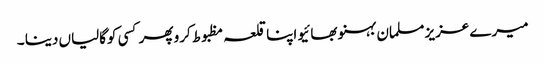
میرے عزیز مسلمان بہنو بھائیو اپنا قلعہ مظبوط کرو پھر کسی کوگالیاں دینا ۔